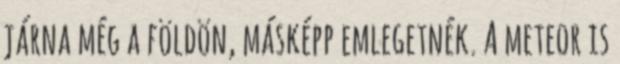
járna még a földön, másképp emlegetnék. A meteor is